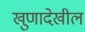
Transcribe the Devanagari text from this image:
खुणादेखील